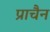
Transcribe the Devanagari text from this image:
प्राचैन